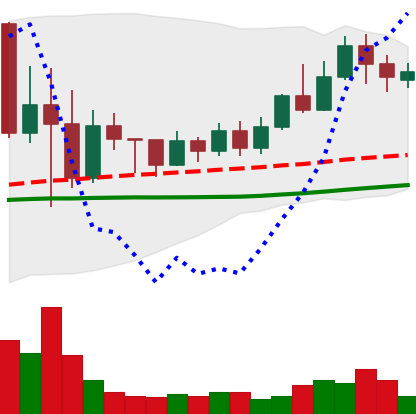
Ticker: TRX-USD
Chart end date: 2022-05-28
Forward return: 3.648%
Label: up_3_5